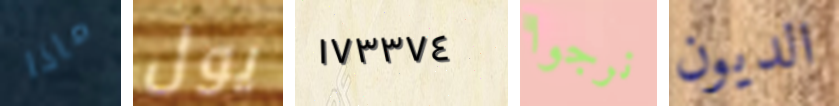
ماذا يول ١٧٣٣٧٤ نرجوا الديون